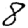
Digit: 8